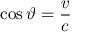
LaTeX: \cos \vartheta = { \frac { v } { c } }